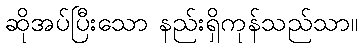
ဆိုအပ်ပြီးသော နည်းရှိကုန်သည်သာ။